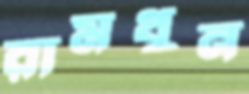
রামধুন